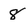
Character: 8